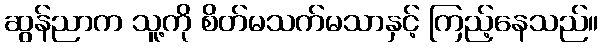
ဆွန်ညာက သူ့ကို စိတ်မသက်မသာနှင့် ကြည့်နေသည်။